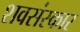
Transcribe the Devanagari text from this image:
शवसंस्कार